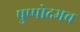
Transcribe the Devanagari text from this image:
पुष्पोदभव